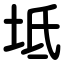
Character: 坻